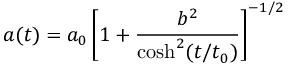
a ( t ) = a _ { 0 } \left[ 1 + \frac { b ^ { 2 } } { \cosh ^ { 2 } ( t / t _ { 0 } ) } \right] ^ { - 1 / 2 }